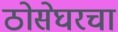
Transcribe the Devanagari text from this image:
ठोसेघरचा